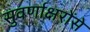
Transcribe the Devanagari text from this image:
सुवर्णाक्षरोंसे